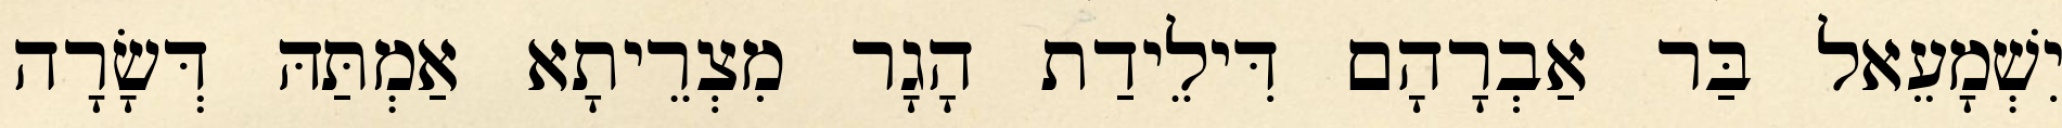
יִשְׁמָעֵאל בַּר אַבְרָהָם דִּילֵידַת הָגָר מִצְרֵיתָא אַמְתַּהּ דְּשָׂרָה